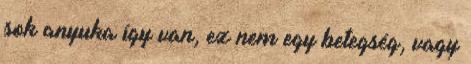
sok anyuka így van, ez nem egy betegség, vagy